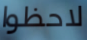
لاحظوا